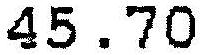
45.70